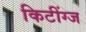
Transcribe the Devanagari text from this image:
किटींग्ज